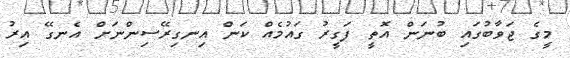
މީގެ ޖަވާބުގައި ބުނަން އޮތީ ފަގީރު ގައުމެއް ކަން އިނގިރޭސިންނަށް އެނގޭ އިރު